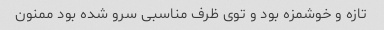
تازه و خوشمزه بود و توی ظرف مناسبی سرو شده بود ممنون